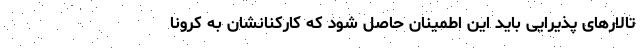
تالارهای پذیرایی باید این اطمینان حاصل شود که کارکنانشان به کرونا